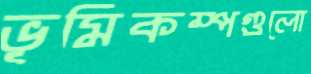
ভূমিকম্পগুলো